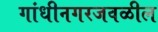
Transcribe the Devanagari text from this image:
गांधीनगरजवळील